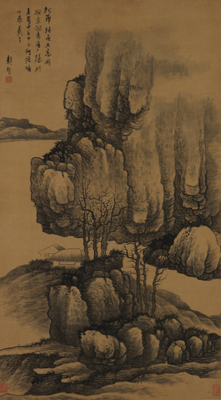
岁暮百草零，疾风高冈裂。